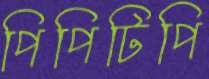
পিপিটিপি